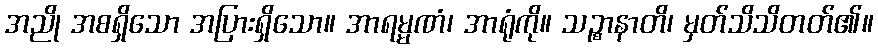
အညို အစရှိသော အပြားရှိသော။ အာရမ္မဏံ၊ အာရုံကို။ သဉ္စာနာတိ၊ မှတ်သိသိတတ်၏။